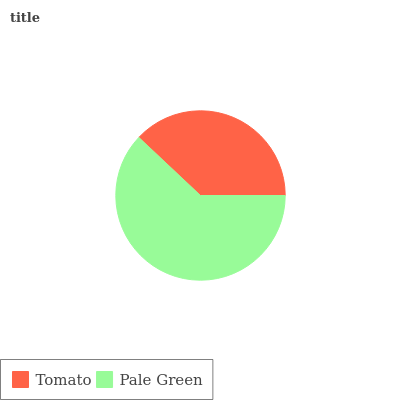
| Tomato | Pale Green |
 | --- | --- |
 | 38% | 62% |